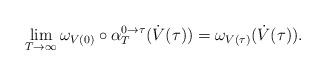
LaTeX: \begin{align*}\lim_{T\to\infty}\omega_{V(0)}\circ\alpha_T^{0\to\tau}(\dot V(\tau))=\omega_{V(\tau)}(\dot V(\tau)).\end{align*}